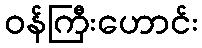
ဝန်ကြီးဟောင်း